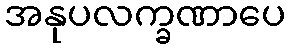
အနုပလက္ခဏာပေ